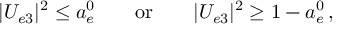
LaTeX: | U _ { e 3 } | ^ { 2 } \leq a _ { e } ^ { 0 } \qquad \mathrm { o r } \qquad | U _ { e 3 } | ^ { 2 } \geq 1 - a _ { e } ^ { 0 } \, ,